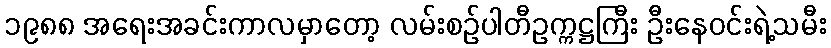
၁၉၈၈ အရေးအခင်းကာလမှာတော့ လမ်းစဉ်ပါတီဥက္ကဋ္ဌကြီး ဦးနေဝင်းရဲ့သမီး